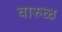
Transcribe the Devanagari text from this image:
वारुळ